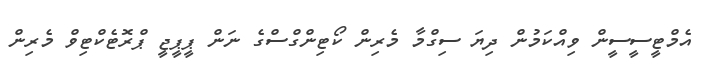
އެމްޓީސީސީން ވިއްކަމުން ދިޔަ ސިގްމާ މެރިން ކޯޓިންގްސްގެ ނަން ޕީޕީޖީ ޕްރޮޓެކްޓިވް މެރިން